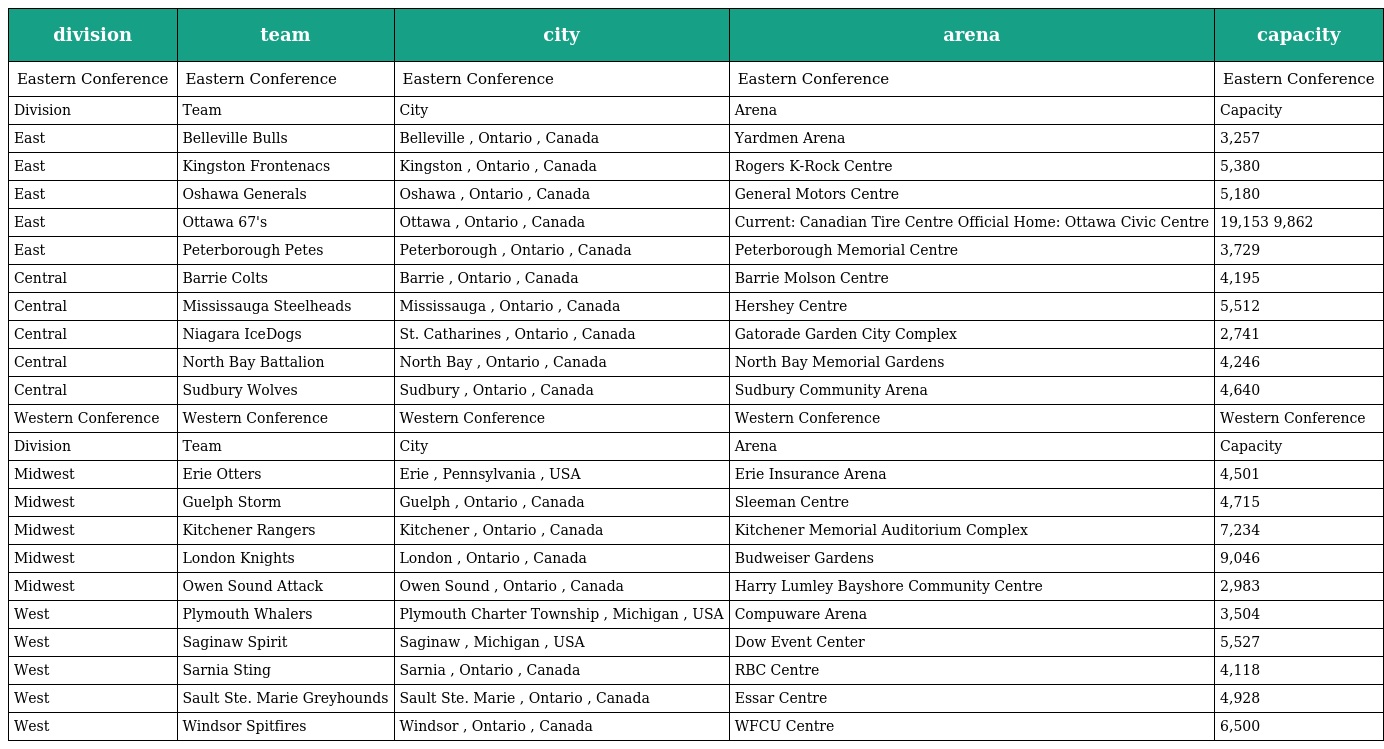
| division | team | city | arena | capacity |
 | --- | --- | --- | --- | --- |
 | Eastern Conference | Eastern Conference | Eastern Conference | Eastern Conference | Eastern Conference |
 | Division | Team | City | Arena | Capacity |
 | East | Belleville Bulls | Belleville , Ontario , Canada | Yardmen Arena | 3,257 |
 | East | Kingston Frontenacs | Kingston , Ontario , Canada | Rogers K-Rock Centre | 5,380 |
 | East | Oshawa Generals | Oshawa , Ontario , Canada | General Motors Centre | 5,180 |
 | East | Ottawa 67's | Ottawa , Ontario , Canada | Current: Canadian Tire Centre Official Home: Ottawa Civic Centre | 19,153 9,862 |
 | East | Peterborough Petes | Peterborough , Ontario , Canada | Peterborough Memorial Centre | 3,729 |
 | Central | Barrie Colts | Barrie , Ontario , Canada | Barrie Molson Centre | 4,195 |
 | Central | Mississauga Steelheads | Mississauga , Ontario , Canada | Hershey Centre | 5,512 |
 | Central | Niagara IceDogs | St. Catharines , Ontario , Canada | Gatorade Garden City Complex | 2,741 |
 | Central | North Bay Battalion | North Bay , Ontario , Canada | North Bay Memorial Gardens | 4,246 |
 | Central | Sudbury Wolves | Sudbury , Ontario , Canada | Sudbury Community Arena | 4,640 |
 | Western Conference | Western Conference | Western Conference | Western Conference | Western Conference |
 | Division | Team | City | Arena | Capacity |
 | Midwest | Erie Otters | Erie , Pennsylvania , USA | Erie Insurance Arena | 4,501 |
 | Midwest | Guelph Storm | Guelph , Ontario , Canada | Sleeman Centre | 4,715 |
 | Midwest | Kitchener Rangers | Kitchener , Ontario , Canada | Kitchener Memorial Auditorium Complex | 7,234 |
 | Midwest | London Knights | London , Ontario , Canada | Budweiser Gardens | 9,046 |
 | Midwest | Owen Sound Attack | Owen Sound , Ontario , Canada | Harry Lumley Bayshore Community Centre | 2,983 |
 | West | Plymouth Whalers | Plymouth Charter Township , Michigan , USA | Compuware Arena | 3,504 |
 | West | Saginaw Spirit | Saginaw , Michigan , USA | Dow Event Center | 5,527 |
 | West | Sarnia Sting | Sarnia , Ontario , Canada | RBC Centre | 4,118 |
 | West | Sault Ste. Marie Greyhounds | Sault Ste. Marie , Ontario , Canada | Essar Centre | 4,928 |
 | West | Windsor Spitfires | Windsor , Ontario , Canada | WFCU Centre | 6,500 |